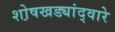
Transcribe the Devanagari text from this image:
शो़षखड्यांद्वारे